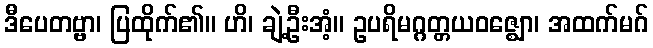
ဒီပေတဗ္ဗာ၊ ပြထိုက်၏။ ဟိ၊ ချဲ့ဦးအံ့။ ဥပရိမဂ္ဂတ္တယဝဇ္ဈော၊ အထက်မဂ်